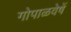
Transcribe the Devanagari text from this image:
गोपाळवेषें